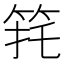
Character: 𮅈